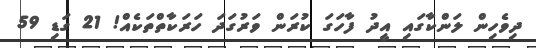
ދިވެހިން ލަންކާގައި އީދު ފާހަގަ ކުރަން ވަރުގަދަ ހަރަކާތްތަކެއް! 21 ގަޑި 59